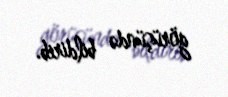
görüşündə bildirib.